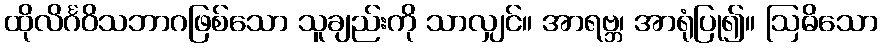
ထိုလိင်္ဂဝိသဘာဂဖြစ်သော သူချည်းကို သာလျှင်။ အာရဗ္ဘ၊ အာရုံပြု၍။ ဩဓိသော